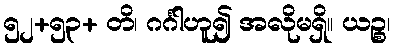
၅၂+၅၃+ တိ၊ ဂင်္ဂါဟူ၍ အလိုမရှိ။ ယဉ္စ၊